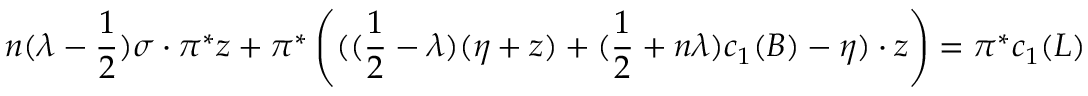
n ( \lambda - \frac { 1 } { 2 } ) \sigma \cdot \pi ^ { * } z + \pi ^ { * } \left( ( ( \frac { 1 } { 2 } - \lambda ) ( \eta + z ) + ( \frac { 1 } { 2 } + n \lambda ) c _ { 1 } ( B ) - \eta ) \cdot z \right) = \pi ^ { * } c _ { 1 } ( L )